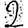
Digit: 2